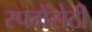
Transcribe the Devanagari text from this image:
स्पमेंसेटी